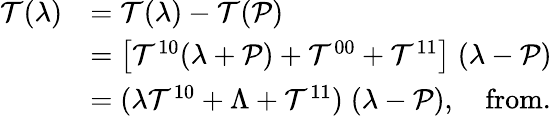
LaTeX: \begin{array}{rl}{\mathcal{T}(\lambda)}&{=\mathcal{T}(\lambda)-\mathcal{T}(\mathcal{P})}\\ &{=\left[\mathcal{T}^{10}(\lambda+\mathcal{P})+\mathcal{T}^{00}+\mathcal{T}^{11}\right]\; (\lambda-\mathcal{P})}\\ &{=(\lambda\mathcal{T}^{10}+\Lambda+\mathcal{T}^{11})\; (\lambda-\mathcal{P}),\quad\textnormal{from.}}\end{array}